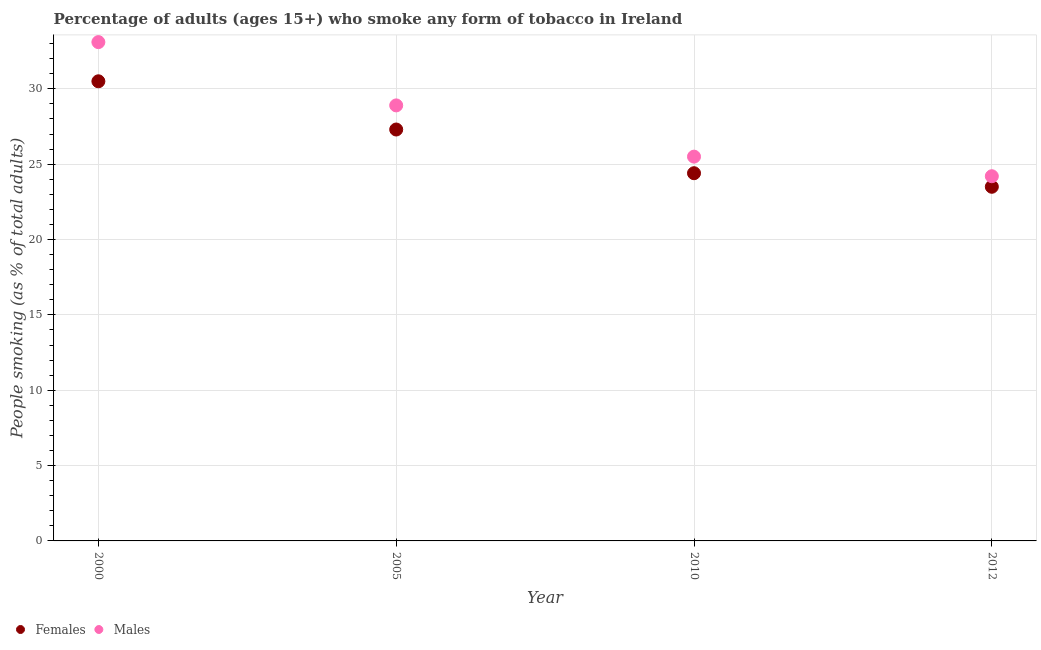
| Year | Females | Males |
 | --- | --- | --- |
 | 2000 | 30.5 | 33.1 |
 | 2005 | 27.3 | 28.9 |
 | 2010 | 24.4 | 25.5 |
 | 2012 | 23.5 | 24.2 |